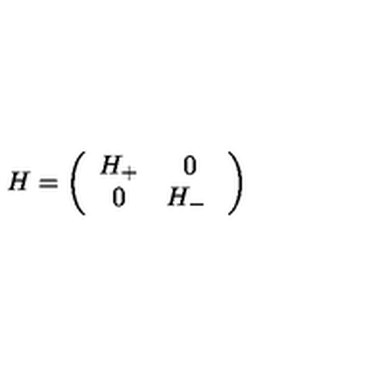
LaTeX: H = \left( \begin{array} { c c } { H _ { + } } & { 0 } \\ { 0 } & { H _ { - } \ } \\ \end{array} \right)